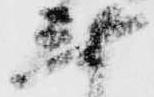
無